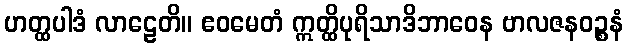
ဟတ္ထပါဒံ လာဠေတိ။ ဧဝမေတံ ဣတ္ထိပုရိသာဒိဘာဝေန ဗာလဇနဝဉ္စနံ